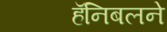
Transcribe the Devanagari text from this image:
हॅनिबलने